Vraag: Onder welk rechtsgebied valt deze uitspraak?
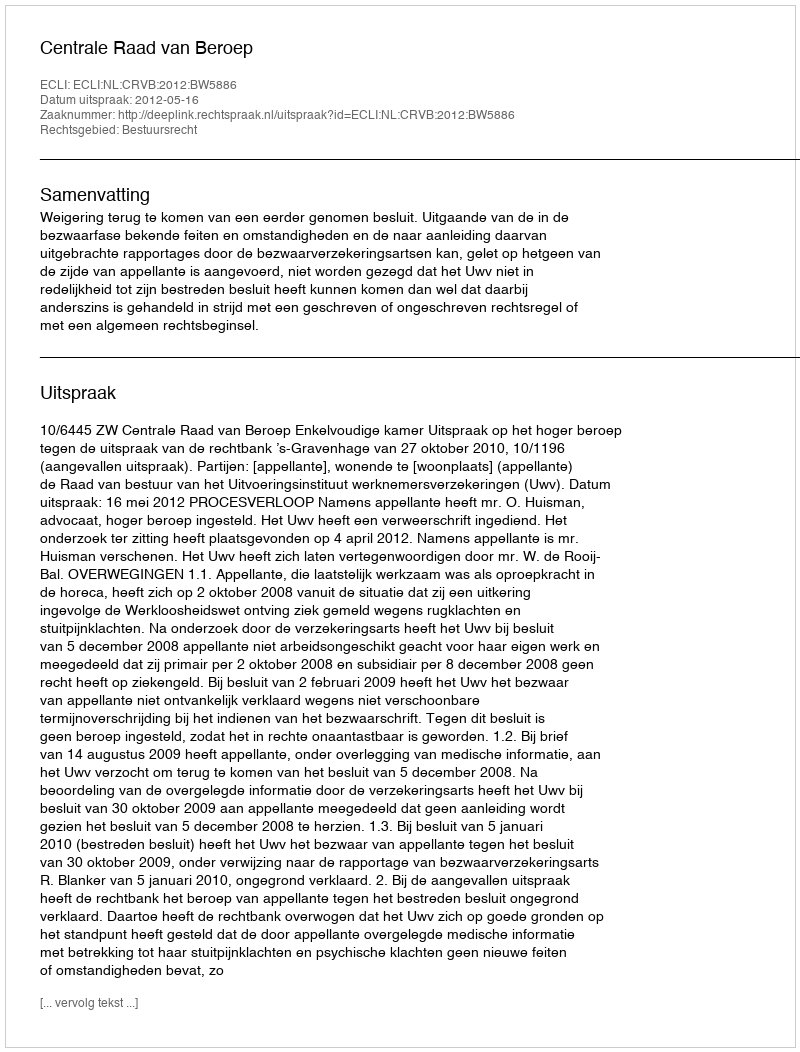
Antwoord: Bestuursrecht